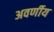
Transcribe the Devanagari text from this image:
अवर्णीय